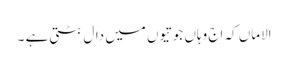
الاماں کہ اج وہاں جوتیوں میں دال بٹتی ہے ۔